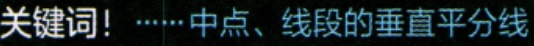
关键词！······中点、线段的垂直平分线